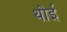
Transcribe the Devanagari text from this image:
थोई